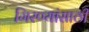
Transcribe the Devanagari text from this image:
गिरण्यांसाठी